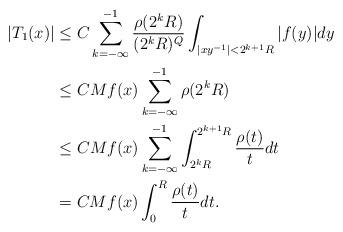
LaTeX: \begin{align*}|T_{1}(x)|&\leq C \sum_{k=-\infty}^{-1}\frac{\rho(2^{k}R)}{(2^{k}R)^{Q}}\int_{|xy^{-1}|<2^{k+1}R}|f(y)|dy\\ & \leq C Mf(x) \sum_{k=-\infty}^{-1}\rho(2^{k}R)\\ & \leq C Mf(x) \sum_{k=-\infty}^{-1}\int_{2^{k}R}^{2^{k+1}R}\frac{\rho(t)}{t}dt\\ & = C Mf(x) \int_{0}^{R}\frac{\rho(t)}{t}dt.\end{align*}